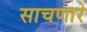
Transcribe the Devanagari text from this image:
साचणारे